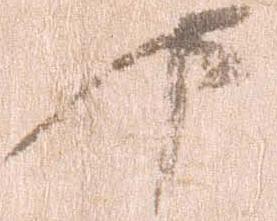
下